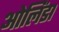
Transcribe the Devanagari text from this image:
ओलिंडा